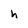
Character: h